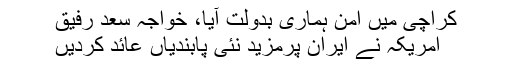
کراچی میں امن ہماری بدولت آیا، خواجہ سعد رفیق
امریکہ نے ایران پرمزید نئی پابندیاں عائد کردیں